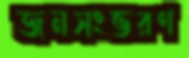
জনসংভরণ